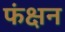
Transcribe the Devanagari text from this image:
फंक्षन